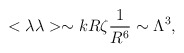
\begin{align*}<\lambda \lambda> \sim k R \zeta \frac {1}{R^6} \sim \Lambda^3,\end{align*}